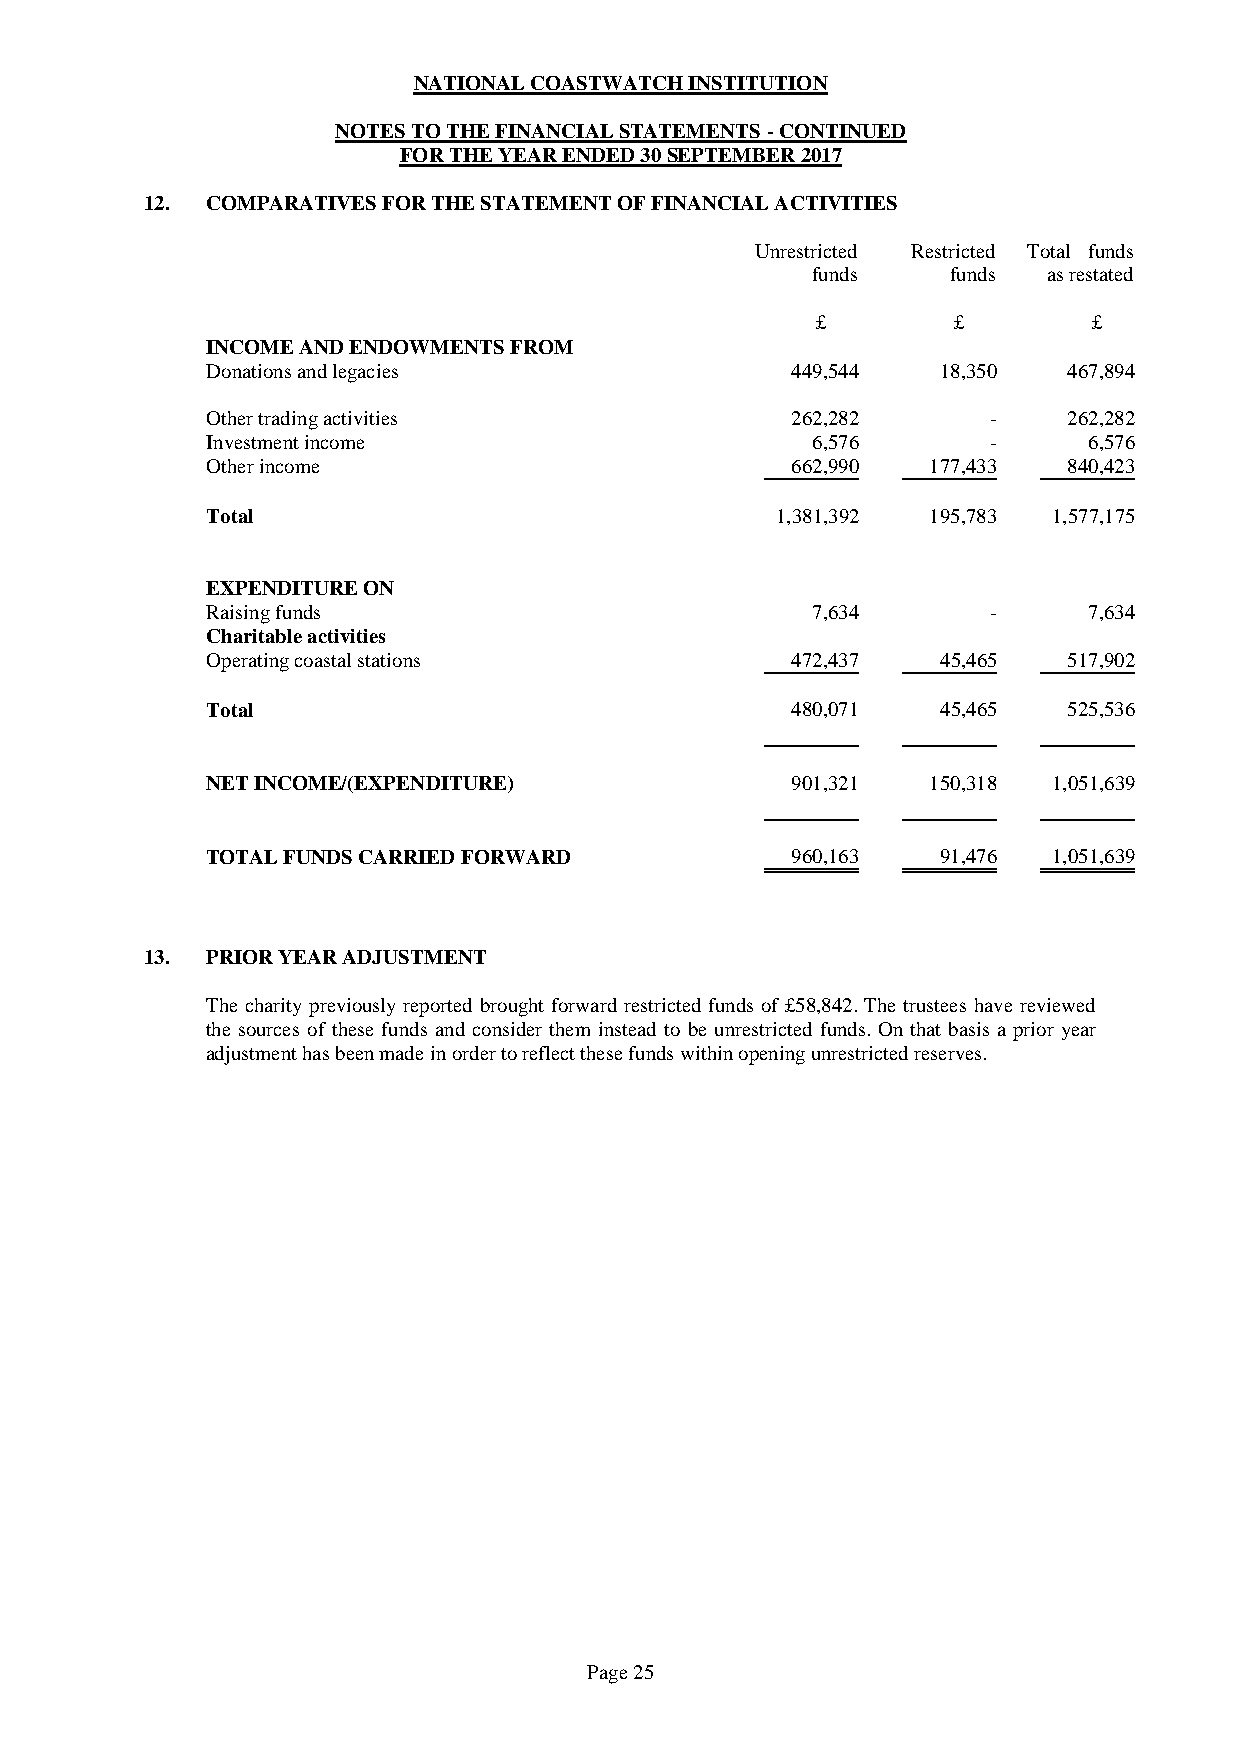
NATIONAL COASTWATCH INSTITUTION
 NOTES TO THE FINANCIAL STATEMENTS - CONTINUED
 FOR THE YEAR ENDED 30 SEPTEMBER 2017
 12. COMPARATIVES FOR THE STATEMENT OF FINANCIAL ACTIVITIES
 Unrestricted Restricted Total funds
 funds    funds as restated
 £        £        £
 INCOME AND ENDOWMENTS FROM
 Donations and legacies                449,544   18,350   467,894
 Other trading activities              262,282       -    262,282
 Investment income                       6,576       -     6,576
 Other income                          662,990  177,433   840,423
 Total                                1,381,392 195,783  1,577,175
 EXPENDITURE ON
 Raising funds                           7,634       -     7,634
 Charitable activities
 Operating coastal stations            472,437   45,465   517,902
 Total                                 480,071   45,465   525,536
 NET INCOME/(EXPENDITURE)              901,321  150,318  1,051,639
 TOTAL FUNDS CARRIED FORWARD           960,163   91,476  1,051,639
 13. PRIOR YEAR ADJUSTMENT
 The charity previously reported brought forward restricted funds of £58,842. The trustees have reviewed
 the sources of these funds and consider them instead to be unrestricted funds. On that basis a prior year
 adjustment has been made in order to reflect these funds within opening unrestricted reserves.
 Page 25